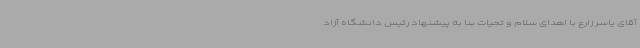
آقای یاسر زارع با اهدای سلام و تحیات بنا به پیشنهاد رئیس دانشگاه آزاد